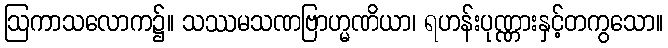
ဩကာသလောက၌။ သဿမသဏဗြာဟ္မဏိယာ၊ ရဟန်းပုဏ္ဏားနှင့်တကွသော။